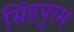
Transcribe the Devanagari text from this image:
सिंहपुरम